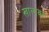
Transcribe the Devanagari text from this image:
खालावर